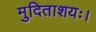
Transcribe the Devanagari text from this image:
मुदिताशयः।